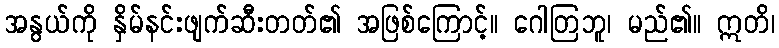
အနွယ်ကို နှိမ်နင်းဖျက်ဆီးတတ်၏ အဖြစ်ကြောင့်။ ဂေါတြဘူ၊ မည်၏။ ဣတိ၊